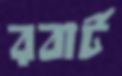
রবার্ট